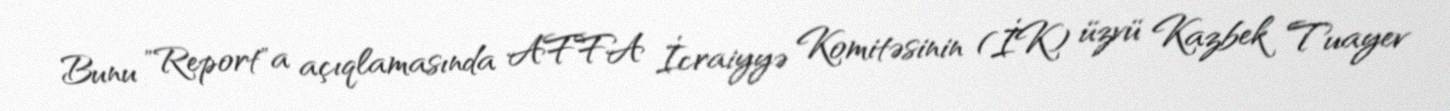
Bunu "Report"a açıqlamasında AFFA İcraiyyə Komitəsinin (İK) üzvü Kazbek Tuayev